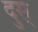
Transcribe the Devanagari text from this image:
दुस्